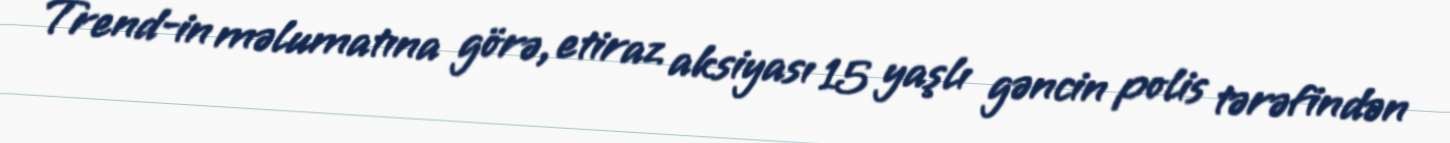
Trend-in məlumatına görə, etiraz aksiyası 15 yaşlı gəncin polis tərəfindən